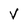
Character: V